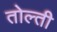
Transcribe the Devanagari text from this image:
तोल्ती